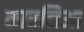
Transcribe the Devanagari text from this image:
कारनिआ